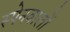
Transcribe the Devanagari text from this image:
स्पेनवालों